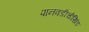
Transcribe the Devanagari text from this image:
पानवडीचीखिंड